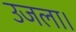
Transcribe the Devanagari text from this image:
उजला।